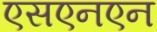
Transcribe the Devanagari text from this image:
एसएनएन